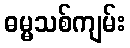
ဓမ္မသစ်ကျမ်း